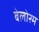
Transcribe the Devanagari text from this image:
बेलोरम